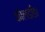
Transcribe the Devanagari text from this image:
कोलडाँडा